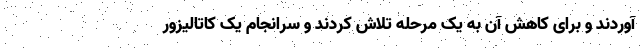
آوردند و برای کاهش آن به یک مرحله تلاش کردند و سرانجام یک کاتالیزور